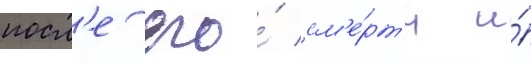
посл'е его́ см'е́рт'и и́